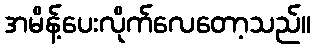
အမိန့်ပေးလိုက်လေတော့သည်။